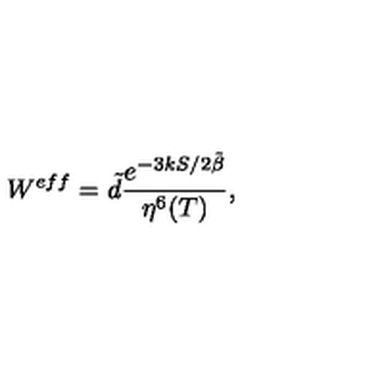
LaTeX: W ^ { e f f } = \tilde { d } \frac { e ^ { { - 3 k S } / { 2 \tilde { \beta } } } } { \eta ^ { 6 } ( T ) } ,